Annual report on the working of the mental hospitals in the Madras Presidency - 1912-1932
Year: 1912
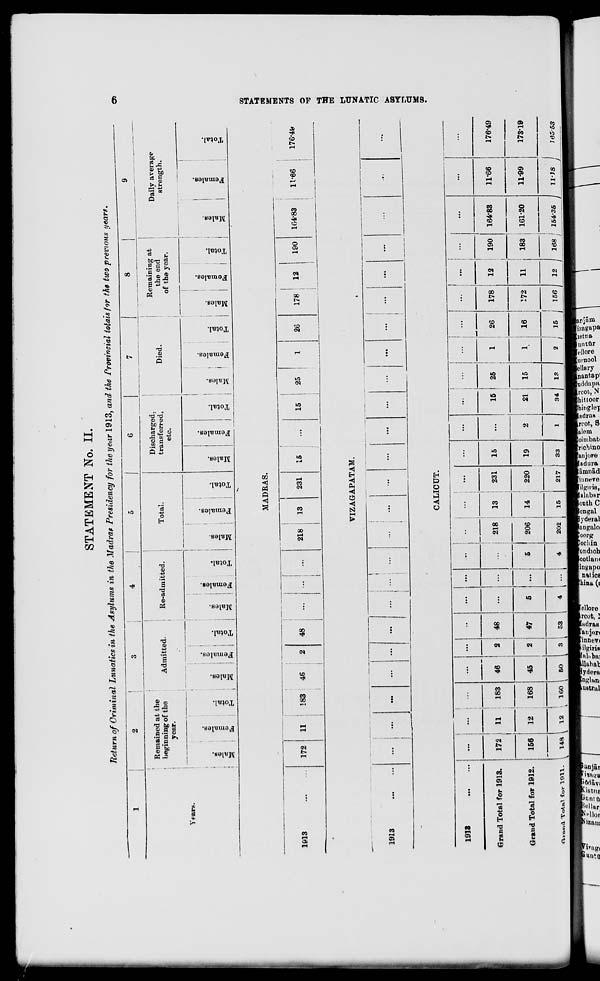
STATEMENT No. II.
Yfarp.
Return of Criminal Lunatics in the Asylums in the Madras Presidency for the year 1913, and the Provincial totals for the two previous years.
Remained at the
beginning of the
vear.
3-
cS
<D
c
d
CD
s
fa
1=
o
Admitted.
o
•J.
m
"5
g
S
fa
O
Re-admitted.
71
o
01
C
fa
eS
O
m
Total.
CO
S
o>
fa
eS
o
En
Discharged;
transferred,
etc.
Died.
Remaining at
the end
of the year.
Daily average
strength.
o>
1913
1913
172
)
11
183
46
2
i
;
i
48
MADRAS.
218
13
231
LO
15
25
...
...
...
.. , ...
VIZAGAPATAM.
CALICUT.
26
178
12
190
...
...
...
...
...
...
164-83
11-66
176-4*
CO
?
pa
2!
H
CD
O
3
►
M
O
►
CO
tj
a
a
GO
1913
...
46
...
2
——
2
••
...
...
1
" ! "
...
...
!
...
26
... I ... !
i
...
...
...
Grand Total for 1913.
172
11
183
48
...
218
13
231
15
2
15
25
1
178
12
!
190 164-83
11-66
176-49
Graud Total for 1912.
156
12
168
45
47
5
_
5
206
14
1
220
19
21
15
1
i
16
1
172
11
183 161-20
11-99
173-19
dnad Total for 1911. i 148
i
l 12
1G0
50
3
1
53
4
4
202
15
217
33
l
34
13
2 1
1
i
15 1 156
12
/
188 j 154-35 J 11-18 J
16553
~ -•» o 5 2 B 5
S C~ 2: o. =- -s era srrio =» »- -
-C S e I tr B